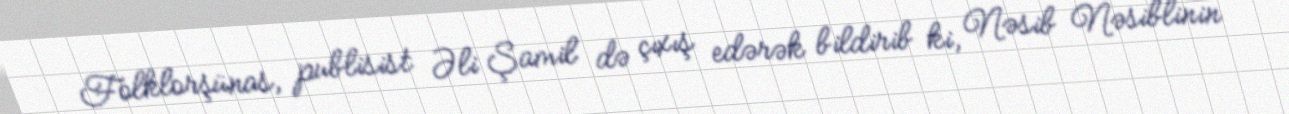
Folklorşünas, publisist Əli Şamil də çıxış edərək bildirib ki, Nəsib Nəsiblinin